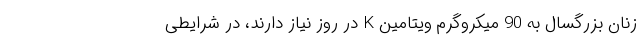
زنان بزرگسال به 90 میکروگرم ویتامین K در روز نیاز دارند، در شرایطی